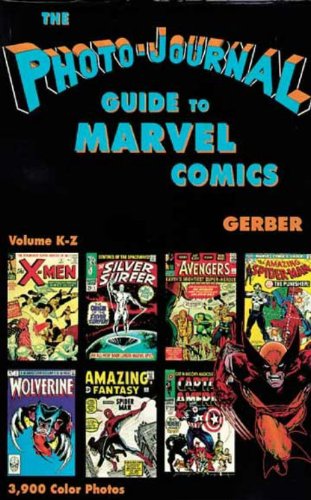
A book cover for Photo-Journal Guide to Marvel Comics Volume 4 (K-Z); Ernst Gerber; Crafts, Hobbies & Home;